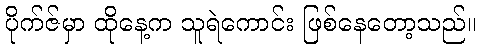
ပိုက်ဇ်မှာ ထိုနေ့က သူရဲကောင်း ဖြစ်နေတော့သည်။